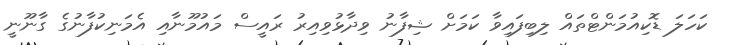
ކަހަލަ ޑޮކިއުމަންޓްތައް ލިބިފައިވާ ކަމަށް ޝިފާނު ވިދާޅުވިއިރު ރައީސް މައުމޫނާއި އެމަނިކުފާނުގެ ގާނޫނީ